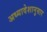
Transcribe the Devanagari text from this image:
अध्यादेशानुसार